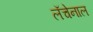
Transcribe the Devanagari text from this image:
लॅचेनाल